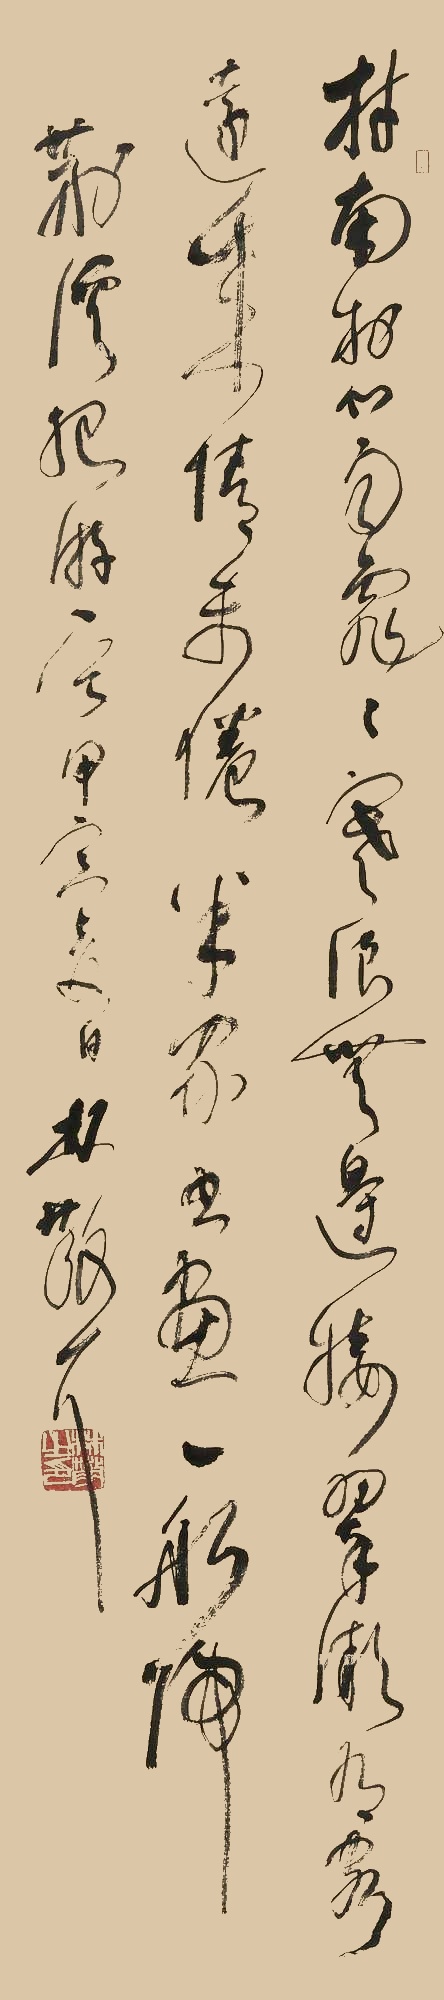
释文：村南村北雨霏霏，寒浪无边接翠微。有客远来情未倦，米家书画一船归。荆溪纪游一首，甲寅夏日，林散耳。